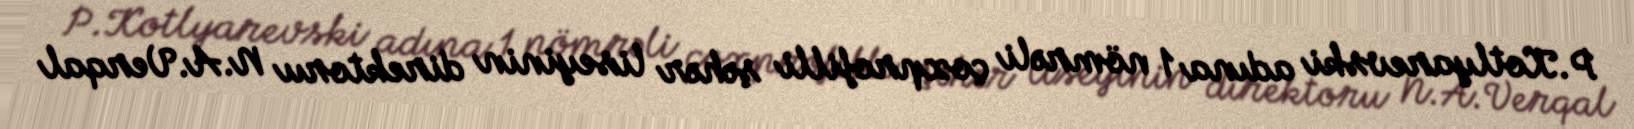
P.Kotlyarevski adına 1 nömrəli çoxprofilli şəhər liseyinin direktoru N.A.Verqal